Vaccination in the Punjab 1867-1880 - 1867-1880
Year: 1867
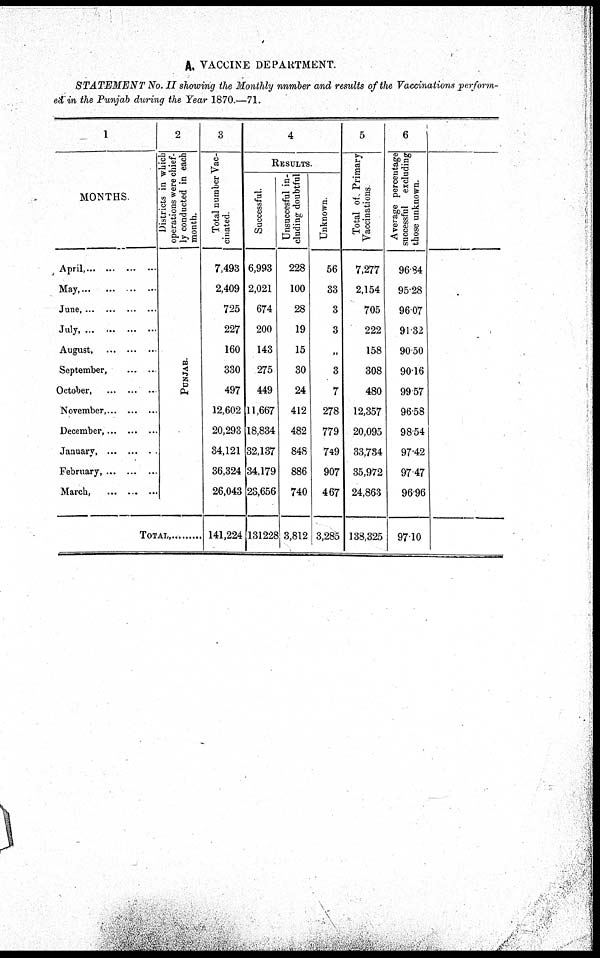
A. VACCINE DEPARTMENT.
STATEMENT No. II showing the Monthly nnmber and results of the Vaccinations perform-
ed in the Punjab during the Year 1870.—71.
1
MONTHS.
April, ... ... ... ...
May, ... ... ... ...
June, ... ... ... ...
July, ... ... ... ...
August, ... ... ...
September,
..
...
October, ... ... ...
November, ... ... ...
December, ... ... ...
January, ... ... ...
February, ... ... ...
March, ... ... ...
2
Districts in which
operations were chief-
ly conducted in each
month.
PUNJAB.
TOTAL, ... ... ...
3
Total number Vac-
cinated.
7,493
2,409
725
227
160
330
497
12,602
20,293
34,121
36,324
26,043
141,224
4
RESULTS.
Successful.
6,993
2,021
674
200
143
275
449
11,667
18,834
32,137
34,179
23,656
131228
Unsuccesful in-
cluding doubtful
228
100
28
19
15
30
24
412
482
848
886
740
3,812
Unknown.
56
33
3
3
„
3
7
278
779
749
907
467
3,285
5
Total of Primary
Vaccinations.
7,277
2,154
705
222
158
308
480
12,357
20,095
33,734
35,972
24,863
138,325
6
Average percentage
successful
excluding
those unknown.
96.84
95.28
96.07
91.32
90.50
90.16
99.57
96.58
98.54
97.42
97.47
96.96
97.10